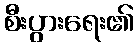
စီးပွားရေး၏